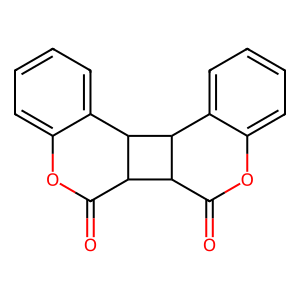
SMILES: O=C1Oc2ccccc2C2C1C1C(=O)Oc3ccccc3C12
Inhibits HIV replication: No